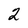
Character: 2